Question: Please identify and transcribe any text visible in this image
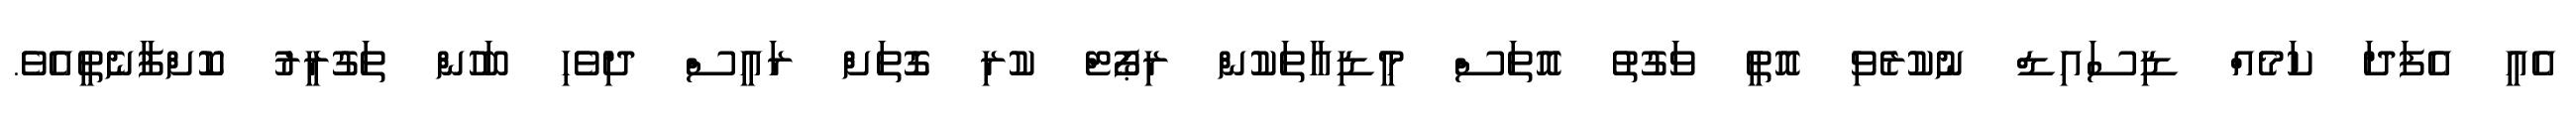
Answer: އެއީ އެފަދަ ކަމެއް ޑިސައިޑް ނުކުރެވި އޮތީ ވަގުތު އޮތަސް މީޑިއާތަކުން ރިޕޯޓް ކުރި ގޮތަށް ރައީސް ދިވެހި ބަހުން ތަގުރީރު ކޮށްފާނެތީއެވެ.